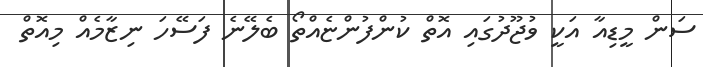
ސަން މީޑިއާ އަކީ ވުޖޫދުގައި އޮތް ކުންފުންޏެއްތޯ ބެލޭނެ ފަސޭހަ ނިޒާމެއް މިއޮތް